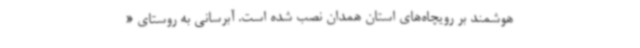
هوشمند بر رویچاه‌های استان همدان نصب شده است. آبرسانی به روستای «